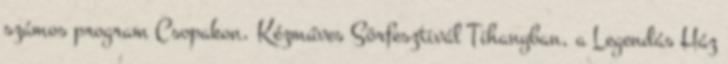
számos program Csopakon, Kézműves Sörfesztivál Tihanyban, a Legendás Ház